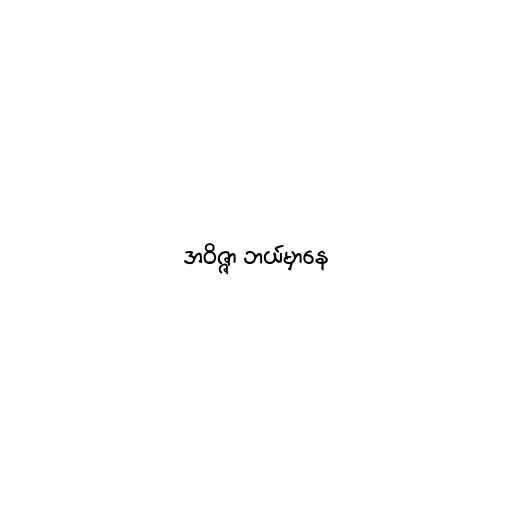
အဝိဇ္ဇာ ဘယ်မှာနေ